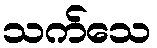
သက်သေ